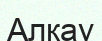
Алқау